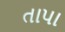
તાપા